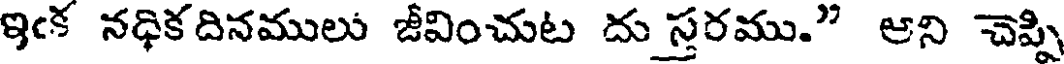
ఇఁక నధికదినములు జీవించుట దు స్తరము." ఆని చెప్పి